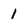
Character: 1